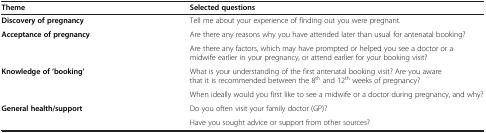
<table><thead><tr><td><b>Theme</b></td><td><b>Selected questions</b></td></tr></thead><tbody><tr><td><b>Discovery of pregnancy</b></td><td>Tell me about your experience of finding out you were pregnant.</td></tr><tr><td rowspan="2"><b>Acceptance of pregnancy</b></td><td>Are there any reasons why you have attended later than usual for antenatal booking?</td></tr><tr><td>Are there any factors, which may have prompted or helped you see a doctor or a midwife earlier in your pregnancy, or attend earlier for your booking visit?</td></tr><tr><td rowspan="2"><b>Knowledge of &#x27;booking’</b></td><td>What is your understanding of the first antenatal booking visit? Are you aware that it is recommended between the 8<sup>th</sup> and 12<sup>th</sup> weeks of pregnancy?</td></tr><tr><td>When ideally would you first like to see a midwife or a doctor during pregnancy, and why?</td></tr><tr><td><b>General health/support</b></td><td>Do you often visit your family doctor (GP)?</td></tr><tr><td> </td><td>Have you sought advice or support from other sources?</td></tr></tbody></table>